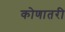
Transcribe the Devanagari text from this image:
कोणातरी